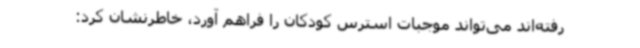
رفته‌اند می‌تواند موجبات استرس کودکان را فراهم آورد، خاطرنشان کرد: